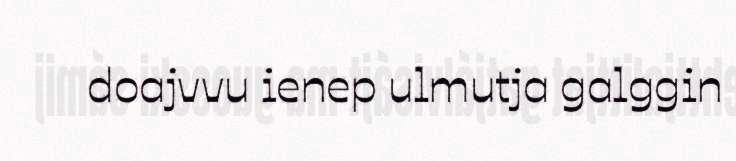
doajvvu ienep ulmutja galggin